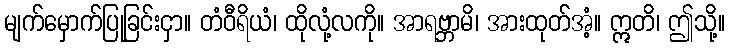
မျက်မှောက်ပြုခြင်းငှာ။ တံဝီရိယံ၊ ထိုလုံ့လကို။ အာရဗ္ဘာမိ၊ အားထုတ်အံ့။ ဣတိ၊ ဤသို့။